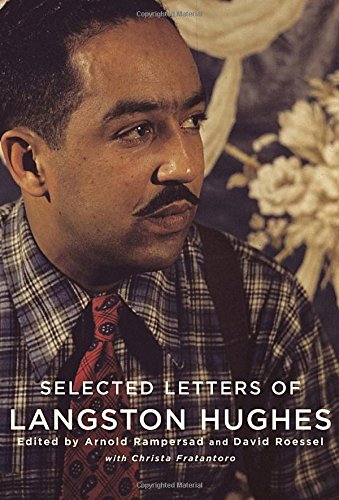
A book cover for Selected Letters of Langston Hughes; Langston Hughes; Literature & Fiction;